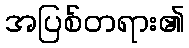
အပြစ်တရား၏